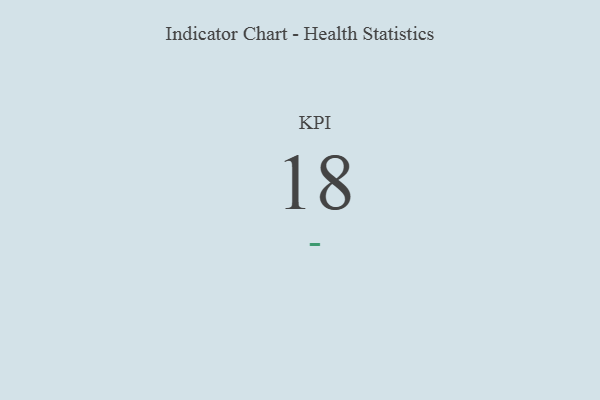
{"axis": {"x": "KPI", "y": "Value"}, "legend": [""], "data": [{"x": "KPI", "y": 18, "type": ""}]}